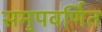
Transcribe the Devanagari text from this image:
समुपवर्णित